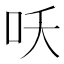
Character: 㕭